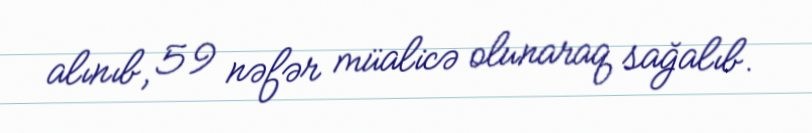
alınıb, 59 nəfər müalicə olunaraq sağalıb.